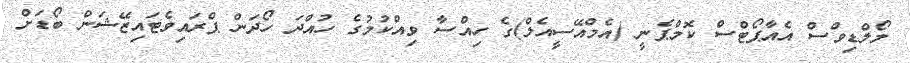
މޯލްޑިވްސް އެއާޕޯޓްސް ކޮމްޕެނީ (އެމްއޭސީއެލް)ގެ ހިއްސާ ވިއްކުމުގެ ހުއްދަ ހޯދަން ޕްރައިވެޓައިޒޭޝަން ބޯޑަށް